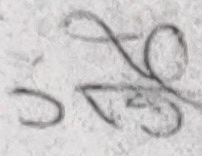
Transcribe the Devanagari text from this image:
क्ष